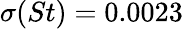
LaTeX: \sigma(St)=0.0023